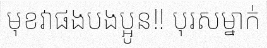
មុខវាផងបងប្អូន!! បុរសម្នាក់